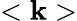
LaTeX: <\mathbf{k}>